Document type: Grant
Year: 1445
Scribe: Antoni Gomar
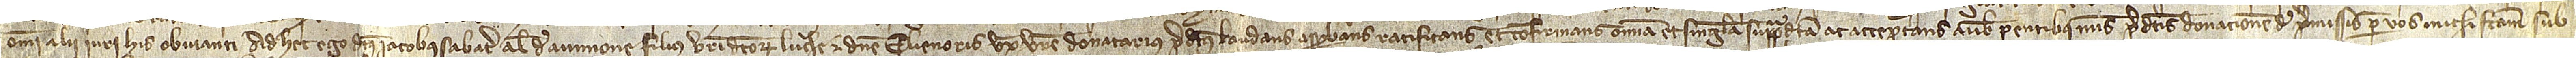
omni alii iuri his obvianti. Ad hec ego dictus Iacobus Sabater, alias de Avinione, filius vestri dictorum Luche et domine Elienoris, uxoris vestre, donatarius predictus, laudans, approbans, ratificans et confirmans omnia et singula supradicta ac acceptans a vobis parentibus meis predictis, donacionem de premissis per vos michi factam sub